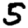
Digit: 5